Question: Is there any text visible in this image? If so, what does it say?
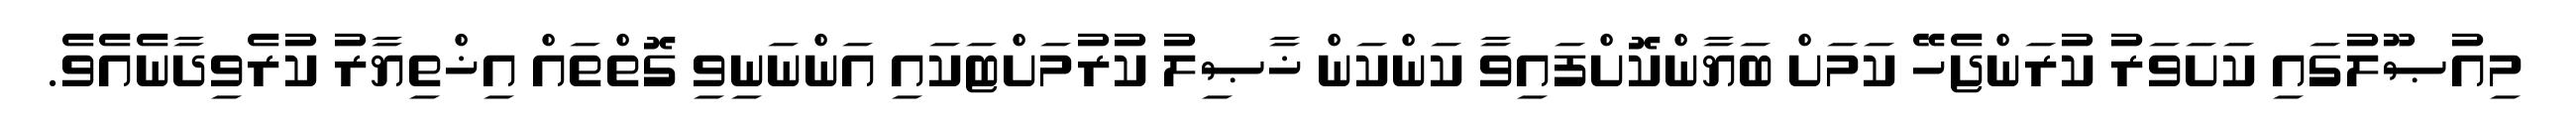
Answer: މިއުޞޫލުގައި ކަށަވަރު ކުރަންޖެހޭ ކަމަށް ބަޔާންކޮށްފައިވާ ކަންކަން ޚާޞިލު ކުރުމަށްޓަކައި އަންނަނިވި ގޮތްތައް އިޚްތިޔާރު ކުރެވިދާނެއެވެ.